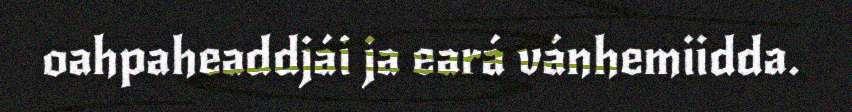
oahpaheaddjái ja eará vánhemiidda.